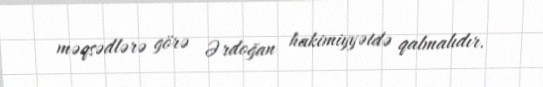
məqsədlərə görə Ərdoğan hakimiyyətdə qalmalıdır.